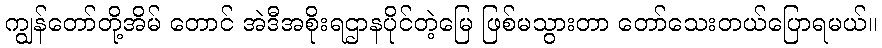
ကျွန်တော်တို့အိမ် တောင် အဲဒီအစိုးရဌာနပိုင်တဲ့မြေ ဖြစ်မသွားတာ တော်သေးတယ်ပြောရမယ်။